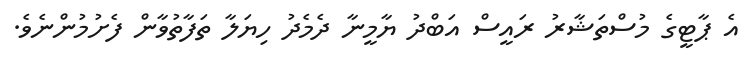
އެ ޕާޓީގެ މުސްތަޝާރު ރައީސް އަބްދު ޔާމީނާ ދެމެދު ހިޔަލާ ތަފާތުވާން ފެށުމުންނެވެ.